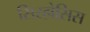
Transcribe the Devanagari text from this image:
सिरहोसिस